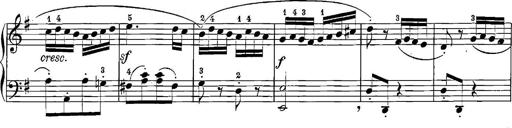
Title: 12 Sonatinas
Composer: Ignaz Pleyel